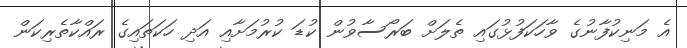
އެ މަނިކުފާނުގެ ވާހަކަފުޅުގައި ތެލަށް ބަރޯސާވުން ކުޑަ ކުރުމަށާއި އަދި ހަކަތައިގެ ރައްކާތެރިކަން